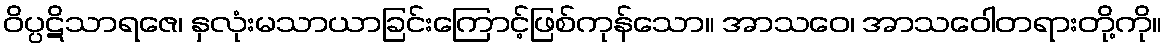
ဝိပ္ပဋိသာရဇေ၊ နှလုံးမသာယာခြင်းကြောင့်ဖြစ်ကုန်သော။ အာသဝေ၊ အာသဝေါတရားတို့ကို။